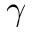
\gamma